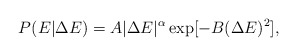
\begin{align*}P(E|\Delta E)=A|\Delta E|^{\alpha}\exp[-B(\Delta E)^2],\end{align*}